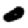
Digit: 0